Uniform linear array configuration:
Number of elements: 48
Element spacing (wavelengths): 0.75
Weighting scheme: binomial
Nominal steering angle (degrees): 0
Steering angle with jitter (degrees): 0.3149
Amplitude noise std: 0.05
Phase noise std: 0.05

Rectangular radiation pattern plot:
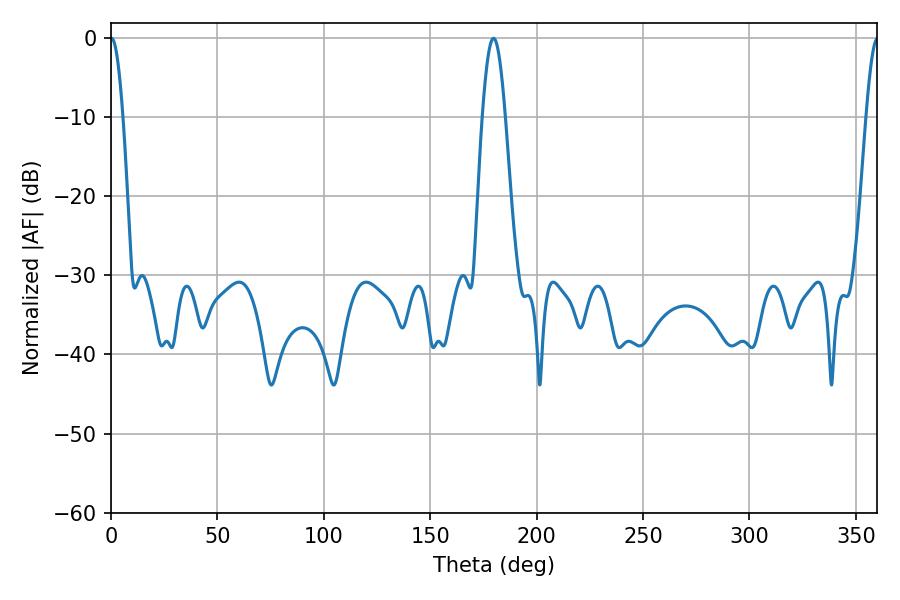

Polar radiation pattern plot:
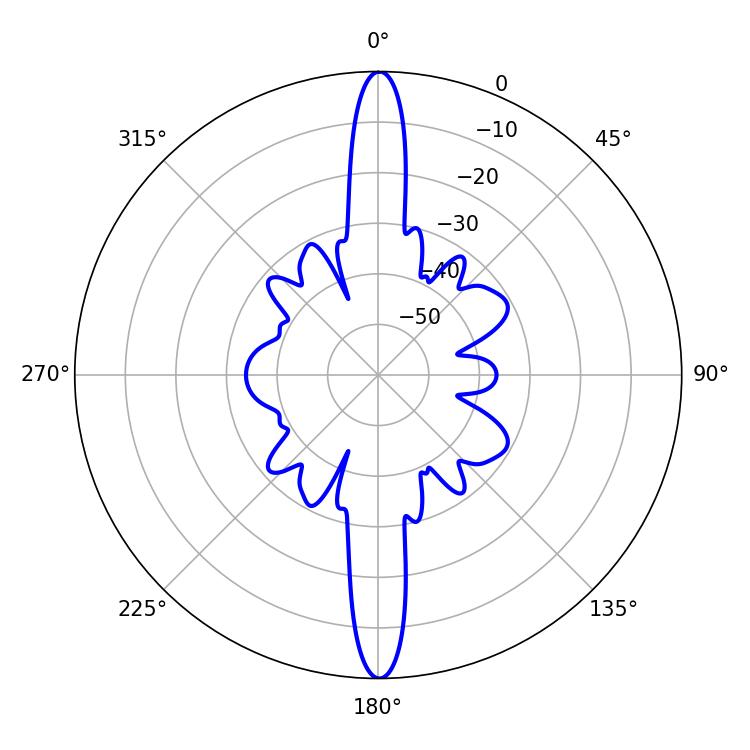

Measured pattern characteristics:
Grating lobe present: TRUE
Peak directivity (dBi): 34.355
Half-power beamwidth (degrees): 3.06
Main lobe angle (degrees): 0.18